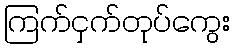
ကြက်ငှက်တုပ်ကွေး